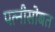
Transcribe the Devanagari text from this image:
पत्नीसोबत